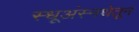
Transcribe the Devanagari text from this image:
स्धूअंस्नथेतून